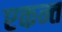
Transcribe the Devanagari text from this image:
एकन्त